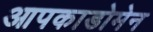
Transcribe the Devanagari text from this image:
आपकाडोमेन